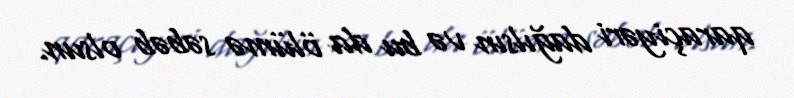
qaraçiyəri dağılsın və bu da ölümə səbəb olsun.